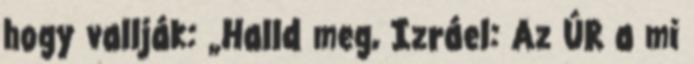
hogy vallják: „Halld meg, Izráel: Az ÚR a mi